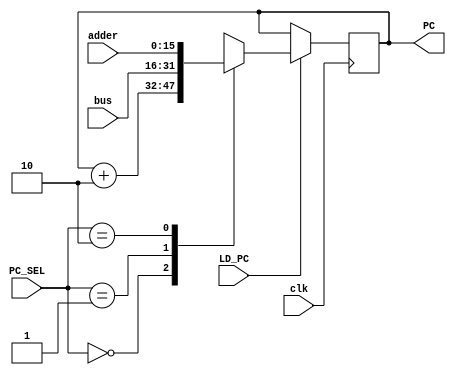
// Implements PC mux and actual PC logic

module PC_MUX(
    input wire clk,
    input wire LD_PC,       // Load PC this cycle
    input wire [1:0]PC_SEL, // PC source
    input wire [15:0]bus,   // PC input from data bus
    input wire [15:0]adder, // PC input from address adder
    output reg [15:0]PC
);

    // PC sources
    parameter INC = 2'd0;   // PC = PC + 2
    parameter BUS = 2'd1;   // PC = bus
    parameter ADDER = 2'd2; // PC = adder

    initial begin
        PC <= 0;
    end

    always @ (posedge clk) begin
        if (LD_PC) begin
            case(PC_SEL)
                INC: PC <= PC + 2;
                BUS: PC <= bus;
                ADDER: PC <= adder;
                default: PC <= 16'hxxxx;    // Undefined
            endcase
        end
    end

endmodule